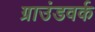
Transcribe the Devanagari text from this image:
ग्राउंडवर्क